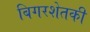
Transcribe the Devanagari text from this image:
बिगरशेतकी